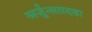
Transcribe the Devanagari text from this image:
अर्जुनसादडा